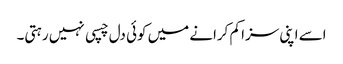
اسے اپنی سزا کم کرانے میں کوئی دل چسپی نہیں رہتی۔